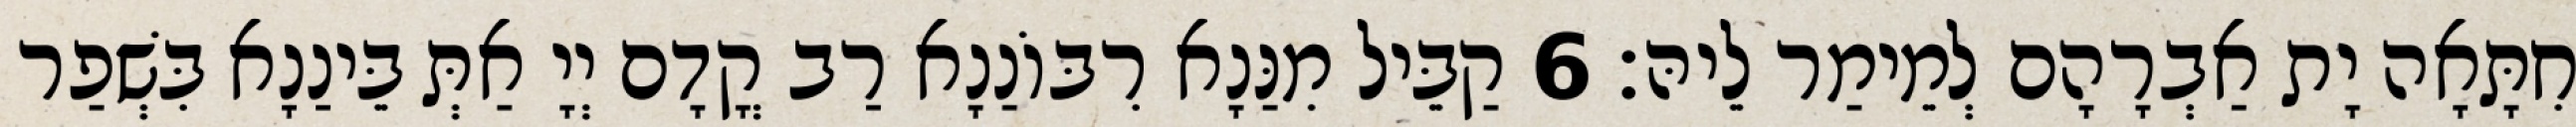
חִתָּאָה יָת אַבְרָהָם לְמֵימַר לֵיהּ׃ 6 קַבֵּיל מִנַּנָא רִבּוֹנַנָא רַב קֳדָם יְיָ אַתְּ בֵּינַנָא בִּשְׁפַר